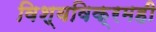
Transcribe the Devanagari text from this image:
विश्वविक्रमही